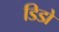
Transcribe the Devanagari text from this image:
डिडो